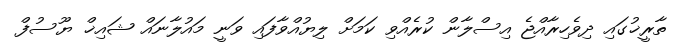
ތާރީޚުގައި ދިވެހިރާއްޖެ އިސްލާން ކުރެއްވި ކަމަށް ލިޔުއްވާފައި ވަނީ މައުލާނައް ޝައިޚް ޔޫސުފް